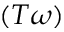
( T \omega )